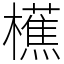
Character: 櫵